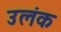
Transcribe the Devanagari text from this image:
उलंक